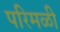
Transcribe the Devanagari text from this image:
परिमळी